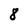
Character: 8